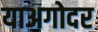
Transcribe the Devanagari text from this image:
याअगोदर